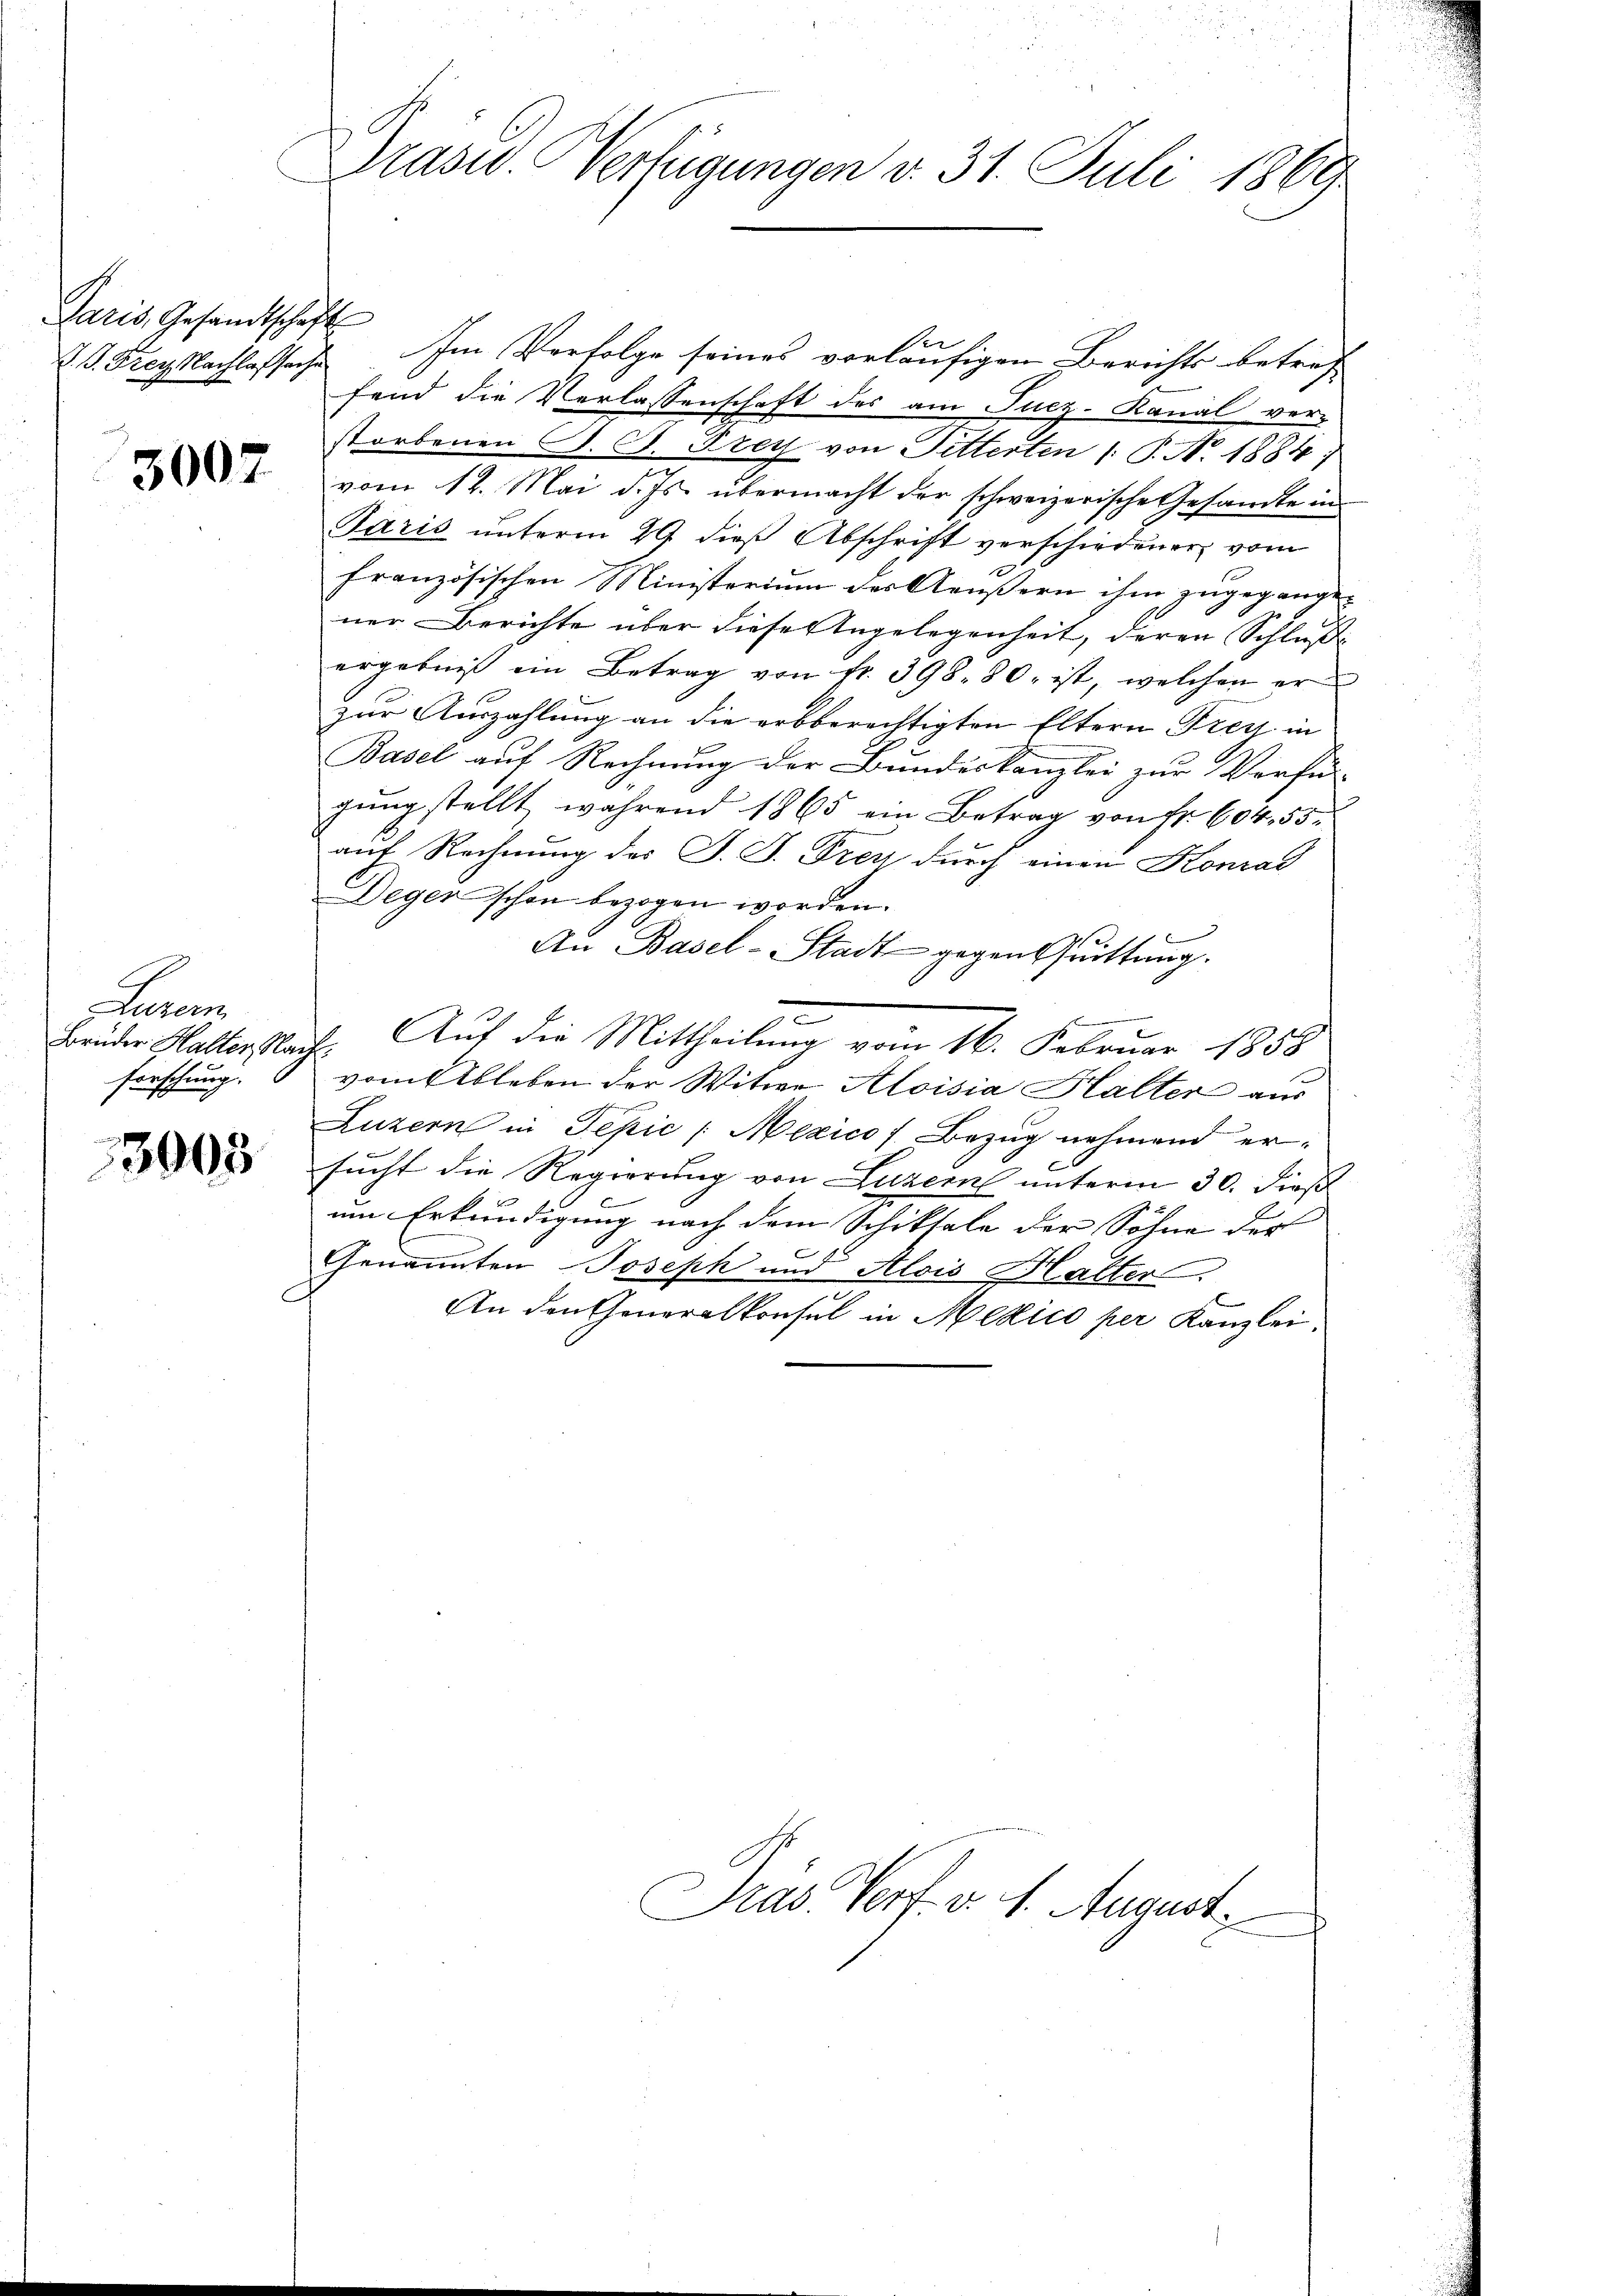
Paris, Gesandtschaft
Z. G. Frey Nachlafsache

3007

Baron
forschung.

3903

Präsid. Verfügungen v. 31. Juli 1869

Ver
Im Verfolge seines vorläufigen Berichts betref
fend die Verlassenschaft des am Fucz-Kanal ver-
storbenen C. C. Frey von Pitterten /: P. N. 1884)
vom 12. Mai d. Js. übermacht der schweizerische Gesandte in
Paris unterm 29. dieß Abschrift verschiedener vom
französischen Ministerium der Aeußern ihm zugegange-
ner Berichte über diese Angelegenheit, deren Schlußergebnis ein Betrag von fr. 398. 80. ist, welchen er
zur Auszahlung an die erbberechtigten Eltern Frey in
Basel auf Rechnung der Bundeskanzlei zur Verfü-
gŭng stellt während 1865 ein Betrag von Fr. 604. 55.
auf Rechnung der J. J. Frey durch einen Konrad
Deger schon bezogen worden.
An Basel-Stadt gegen Quittung.
.
Brüder Halter Nach. Auf die Mittheilung vom 16. Februar 1858
vom Ableben der Witwe Aloisia Halter aus
Luzern in Pepić / Mexicos Bezug nehmend ersucht die Regierung von Luzern unterm 30. dieß
um Erkundigung nach dem Schiksale der Söhne der
.
Genannten Joseph und Alois Halter
An den Generalkonsul in Mexico per Kanzlei,

Dras Verf. v. 1. August.